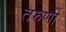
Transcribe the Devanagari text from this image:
तरुणीं